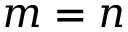
m = n